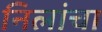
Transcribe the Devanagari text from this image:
निलांचा